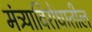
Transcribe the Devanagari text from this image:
मंत्र्याविरोधातील